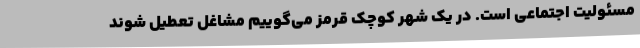
مسئولیت اجتماعی است. در یک شهر کوچک قرمز می‌گوییم مشاغل تعطیل شوند